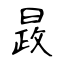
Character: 晸